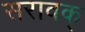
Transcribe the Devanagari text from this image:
सरावक्